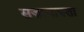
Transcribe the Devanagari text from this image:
सज़ायाफ़्ता